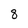
Character: 8